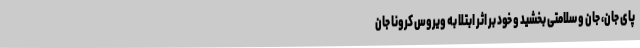
پای جان، جان و سلامتی بخشید و خود بر اثر ابتلا به ویروس کرونا جان